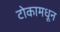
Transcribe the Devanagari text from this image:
टोकामधून